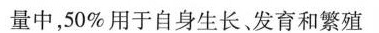
量中，50%用于自身生长发育和繁殖